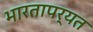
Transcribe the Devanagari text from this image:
भारतापर्यत